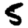
Digit: 5